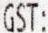
GST: